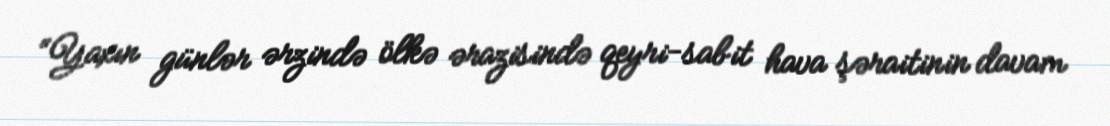
“Yaxın günlər ərzində ölkə ərazisində qeyri-sabit hava şəraitinin davam